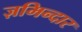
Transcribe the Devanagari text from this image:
ज़मिन्दार